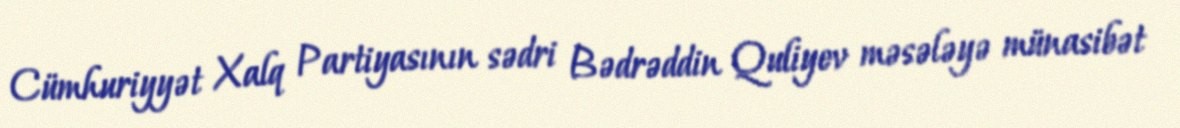
Cümhuriyyət Xalq Partiyasının sədri Bədrəddin Quliyev məsələyə münasibət